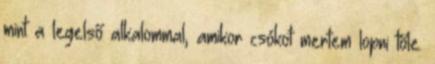
mint a legelső alkalommal, amikor csókot mertem lopni tőle.